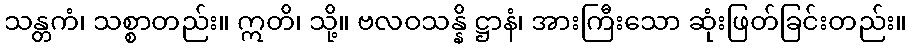
သန္တကံ၊ သစ္စာတည်း။ ဣတိ၊ သို့။ ဗလဝသန္နိ ဋ္ဌာနံ၊ အားကြီးသော ဆုံးဖြတ်ခြင်းတည်း။